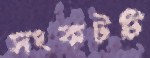
সংকটটি